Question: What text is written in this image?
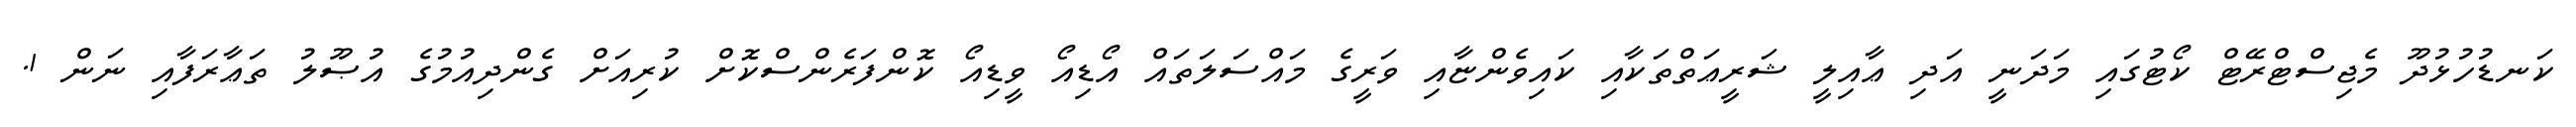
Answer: ކަނޑުހުޅުދޫ މެޖިސްޓްރޭޓް ކޯޓުގައި މަދަނީ އަދި ޢާއިލީ ޝަރީޢަތްތަކާއި ކައިވެންޏާއި ވަރީގެ މައްސަލަތައް އޯޑިއޯ ވީޑިއޯ ކޮންފަރެންސްކޮށް ކުރިއަށް ގެންދިއުމުގެ އުޞޫލު ތަޢާރަފާއި ނަން 1.